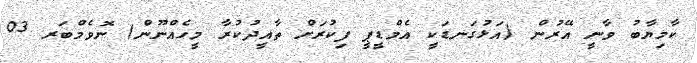
ކާމިޔާބު ވާނީ އޭރުން (އަޅުގަނޑަކީ އެމްޑީޕީ ފިކުރަށް ތާއީދުކުރާ މީހެއްނޫން) ނޮވެމްބަރ 03